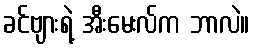
ခင်ဗျားရဲ့ အီးမေးလ်က ဘာလဲ။